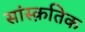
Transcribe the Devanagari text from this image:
सांस्‍क़तिक